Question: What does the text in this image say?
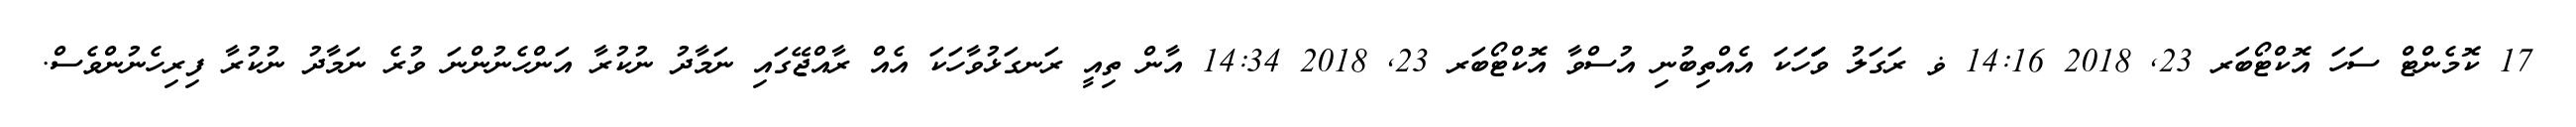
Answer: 17 ކޮމެންޓް ސަހަ އޮކްޓޯބަރ 23, 2018 14:16 ޥ ރަގަލު ވަަަހަކަ އެއްތިބުނި އުސްވާ އޮކްޓޯބަރ 23, 2018 14:34 އާން ތިއީ ރަނގަޅުވާހަކަ އެއް ރާއްޖޭގައި ނަމާދު ނުކުރާ އަންހެނުންނަ ވުރެ ނަމާދު ނުކުރާ ފިރިހެނުންވެސް.